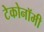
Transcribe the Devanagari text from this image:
टेकोनॉमी